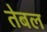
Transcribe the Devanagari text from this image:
तेबल